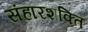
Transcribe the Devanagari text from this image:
संहारशक्ति